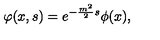
\varphi ( x , s ) = e ^ { - \frac { m ^ { 2 } } { 2 } s } \phi ( x ) ,